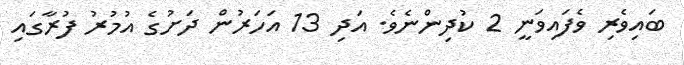
ބައިވެރި ވެފައިވަނީ 2 ކުދިންނެވެ. އަދި 13 އަހަރުން ދަށުގެ އުމުރު ފުރާގައި